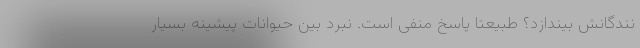
نندگانش بیندازد؟ طبیعتا پاسخ منفی است. نبرد بین حیوانات پیشینه بسیار